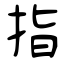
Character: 指